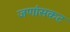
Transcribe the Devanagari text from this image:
जणांसकट